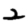
Digit: 2